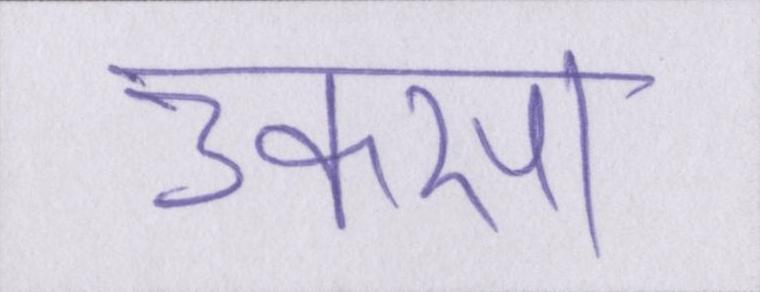
उकसा